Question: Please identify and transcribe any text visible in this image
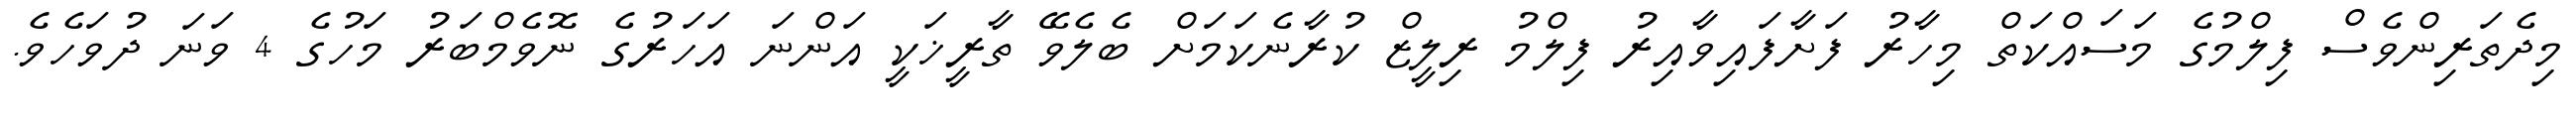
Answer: މިދެތަރިންވެސް ފިލްމުގެ މަސައްކަތް މިހާރު ފަށާފައިވާއިރު ފިލްމު ރިލީޒް ކުރާނެކަމަށް ބެލެވޭ ތާރީޚަކީ އަންނަ އަހަރުގެ ނޮވެމްބަރު މަހުގެ 4 ވަނަ ދުވަހެވެ.